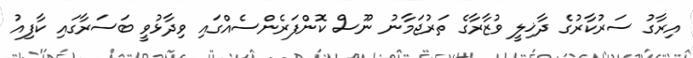
އިރާގު ސަރުކާރުގެ ދާޚިލީ ވުޒާރާގެ ތަރުޖަމާނު ނޫސް ކޮންފަރެންސެއްގައި ވިދާޅުވީ ބަސަރާގައި ކާފިއު